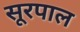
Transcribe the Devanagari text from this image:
सूरपाल